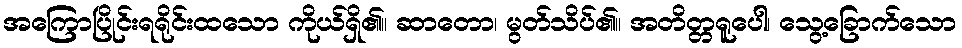
အကြောပြိုင်းရရိုင်းထသော ကိုယ်ရှိ၏။ ဆာတော၊ မွတ်သိပ်၏။ အတိတ္တရူပေါ၊ သွေ့ခြောက်သော